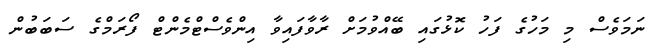
ނަމަވެސް މި މަހުގެ ފަހު ކޮޅުގައި ބޭއްވުމަށް ރާވާފައިވާ އިންވެސްޓްމެންޓް ފޯރަމްގެ ސަބަބުން